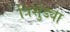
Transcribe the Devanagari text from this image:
त्रिशुंड्या